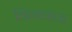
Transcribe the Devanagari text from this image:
किंगचाऊ